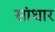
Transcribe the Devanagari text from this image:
सांधार